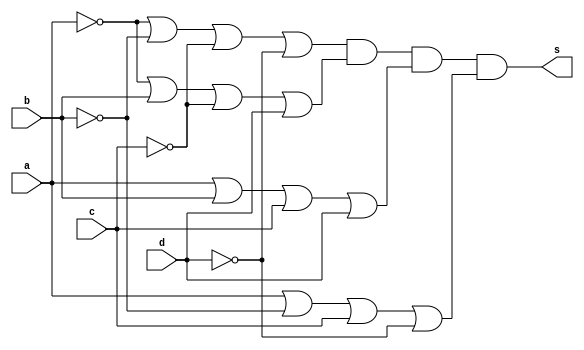
// ------------------------- 
// Correo da prova 
// Nome: Camila Guedes Silveira 
// ------------------------- 

module questaoE (output s, input a, input b, input c, input d);
	wire c1, c2, c3, c4;
	
	or OR1(c1,~a, ~b, ~c, ~d);
	or OR2(c2, ~a, b, ~c, d);
	or OR3(c3, a, b, c, d);
	or OR4(c4, a, ~b, c, ~d);
	

		
	and AND1(s, c1, c2, c3, c4);
	
endmodule // questaoE

module Teste;

	reg a;
	reg b;
	reg c;
	reg d;
	wire s;

	questaoE Teste (s,a,b,c,d);

	initial begin
		 a=0; b=0; c=0; d=0;
	end

	initial begin

		#1 $display (" Camila Guedes Silveira - 427393 ");
		#1 $display (" a | b | c | d | s1 ");
		$monitor   (" %b | %b | %b | %b |  %b ", a,b,c,d,s);
		   
    #1  a=0; b=0; c=0; d=1;
    #1  a=0; b=0; c=1; d=0; 
    #1  a=0; b=0; c=1; d=1; 
    #1  a=0; b=1; c=0; d=0; 
    #1  a=0; b=1; c=0; d=1; 
    #1  a=0; b=1; c=1; d=0; 
    #1  a=0; b=1; c=1; d=1; 
    #1  a=1; b=0; c=0; d=0; 
    #1  a=1; b=0; c=0; d=1;
    #1  a=1; b=0; c=1; d=0;
    #1  a=1; b=0; c=1; d=1;
    #1  a=1; b=1; c=0; d=0;
    #1  a=1; b=1; c=0; d=1;
    #1  a=1; b=1; c=1; d=0;
    #1  a=1; b=1; c=1; d=1;
	 
	 #1 $display("Resp: (a' + c) * (a + c')"); 
   



	end	
	endmodule